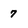
Character: 7